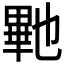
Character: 𭻠